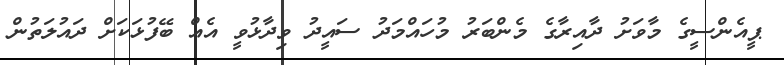
ޕީއެންސީގެ މާވަށު ދާއިރާގެ މެންބަރު މުހައްމަދު ސައީދު ވިދާޅުވީ އެއް ބޭފުޅަކަށް ދައުލަތުން